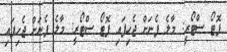
ފޮޓޯ ސްޓޯރީ: މާލެ ފެނަށް ޖެހިފައި ފޮޓޯ ސްޓޯރީ: މާލެ ފެނަށް ޖެހިފައި